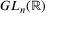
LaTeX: G L _ { n } ( \mathbb { R } )